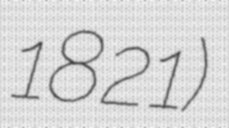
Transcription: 1821)